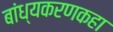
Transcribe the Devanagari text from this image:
बांध्यकरणकहा